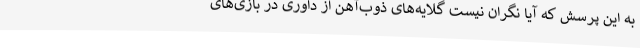
به این پرسش که آیا نگران نیست گلایه‌های ذوب‌آهن از داوری در بازی‌های